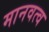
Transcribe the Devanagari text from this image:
मानवत्व